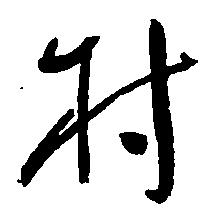
村